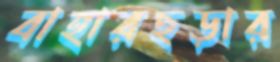
বাহারছড়ার